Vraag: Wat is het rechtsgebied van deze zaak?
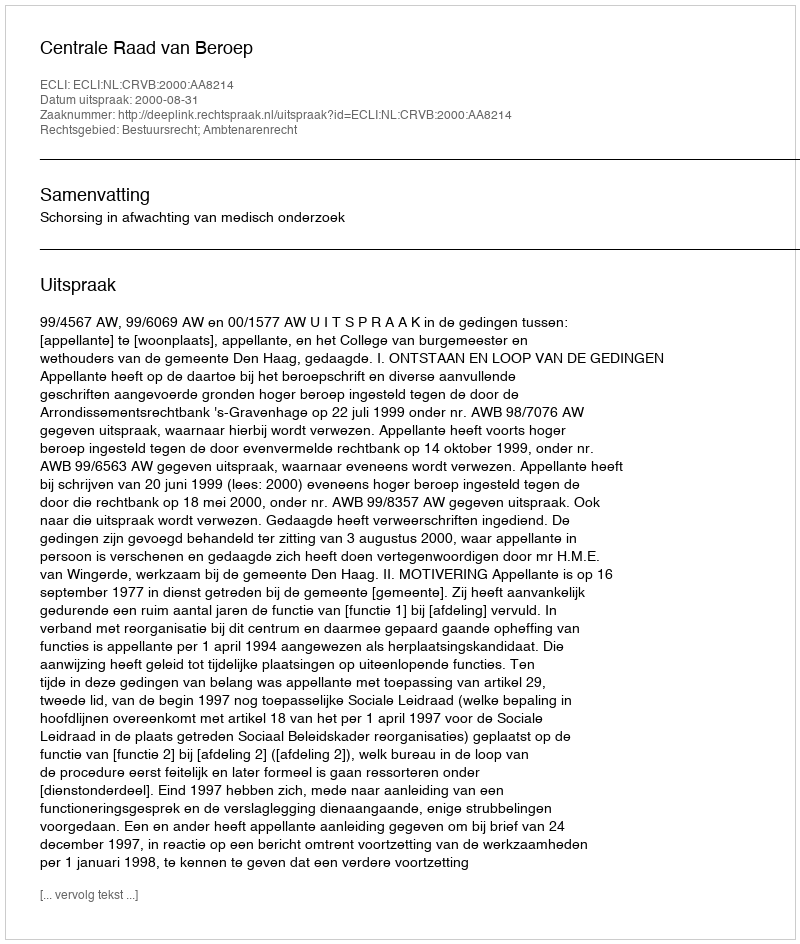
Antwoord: Bestuursrecht; Ambtenarenrecht